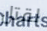
لقتل